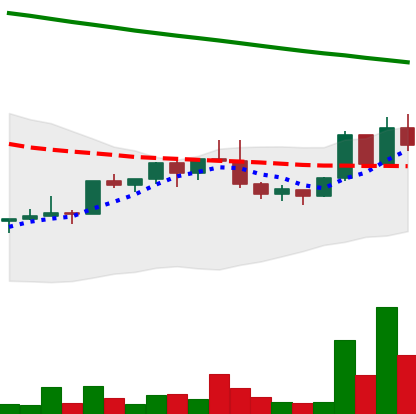
Ticker: NEO-USD
Chart end date: 2022-02-19
Forward return: -14.622%
Label: down_7plus